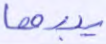
يبدها